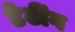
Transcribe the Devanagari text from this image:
डेटींग